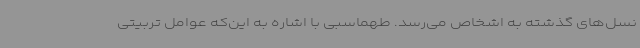
نسل‌های گذشته به اشخاص می‌رسد. طهماسبی با اشاره به این‌که عوامل تربیتی